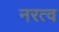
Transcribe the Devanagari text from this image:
नरत्व